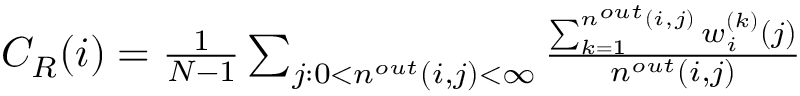
\begin{array} { r } { C _ { R } ( i ) = \frac { 1 } { N - 1 } \sum _ { j : 0 < n ^ { o u t } ( i , j ) < \infty } \frac { \sum _ { k = 1 } ^ { n ^ { o u t } ( i , j ) } w _ { i } ^ { ( k ) } ( j ) } { n ^ { o u t } ( i , j ) } } \end{array}